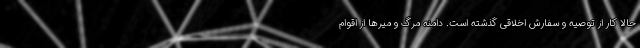
حالا کار از توصیه و سفارش اخلاقی گذشته است. دامنه مرگ و میرها از اقوام